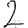
Digit: 2